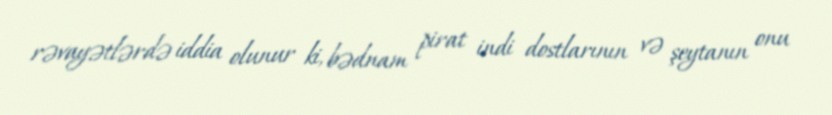
rəvayətlərdə iddia olunur ki, bədnam pirat indi dostlarının və şeytanın onu